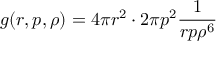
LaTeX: g ( r , p , \rho ) = 4 \pi r ^ { 2 } \cdot 2 \pi p ^ { 2 } \frac { 1 } { r p \rho ^ { 6 } }